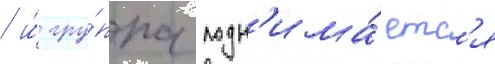
/ и́ гру́ппа подн'има́етс'я